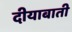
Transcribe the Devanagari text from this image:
दीयाबाती